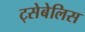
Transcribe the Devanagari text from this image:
ट्सेबेलिस